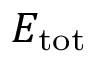
E _ { \mathrm { t o t } }